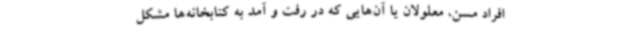
افراد مسن، معلولان یا آن‌هایی که در رفت و آمد به کتابخانه‌ها مشکل